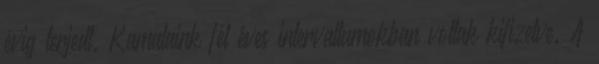
évig terjedt. Kamataink fél éves intervallumokban voltak kiﬁzetve. A